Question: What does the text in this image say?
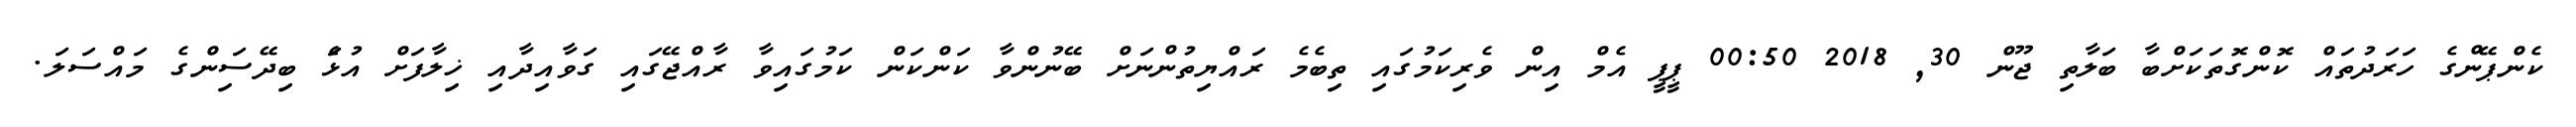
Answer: ކެންޕޭންގެ ހަރަދުތައް ކޮންގޮތަކަށްބާ ބަލާތި ޖޫން 30, 2018 00:50 ޕީޕީ އެމް އިން ވެރިކަމުގައި ތިބެމެ ރައްޔިތުންނަށް ބޭނުންވާ ކަންކަން ކަމުގައިވާ ރާއްޖޭގައި ގަވާއިދާއި ޚިލާފަށް އުޅަެ ބިދޭސަިންގެ މައްސަލަ.